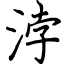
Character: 浡